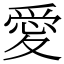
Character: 愛